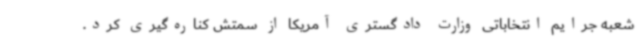
شعبه جرایم انتخاباتی وزارت دادگستری آمریکا از سمتش کناره‌گیری کرد.